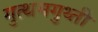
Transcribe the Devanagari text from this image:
गुत्थमगुथ्ती